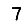
Digit: 7